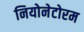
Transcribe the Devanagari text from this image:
नियोनेटोरम